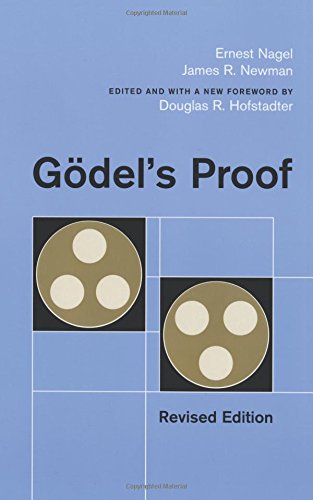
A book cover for GÃ¶del's Proof; Ernest Nagel; Science & Math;